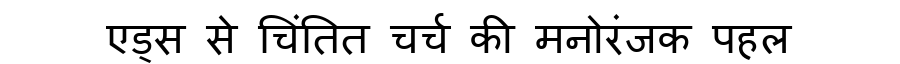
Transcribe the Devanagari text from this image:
एड्स से चिंतित चर्च की मनोरंजक पहल